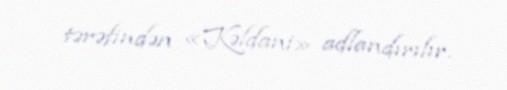
tərəfindən «Kəldani» adlandırılır.